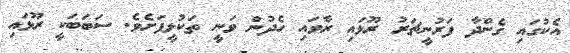
އެކުގައި ގެންދާ ފަރުނީޗަރު ރޫޅައި ރާވައި ހެދުން ވަނީ ތަކުލީފަށެވެ. ސަބަބަކީ ރޫޅައި